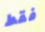
فقط